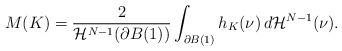
LaTeX: \begin{align*} M(K)=\frac{2}{\mathcal{H}^{N-1}(\partial B(1))}\int_{\partial B(1)} h_K(\nu)\,d\mathcal H^{N-1}(\nu).\end{align*}